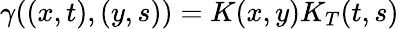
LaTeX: \gamma((x,t),(y,s))=K(x,y)K_{T}(t,s)